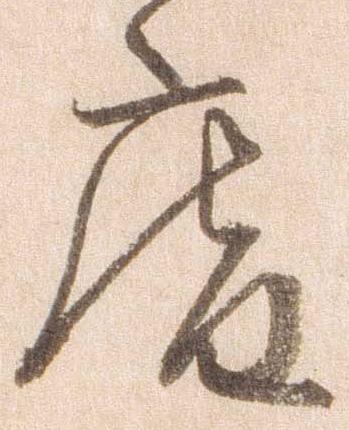
庵